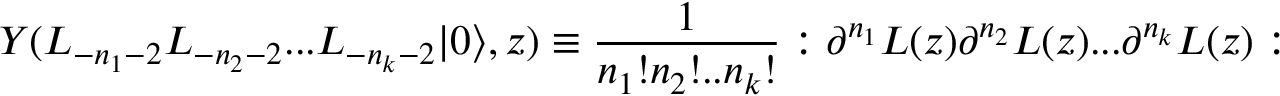
Y ( L _ { - n _ { 1 } - 2 } L _ { - n _ { 2 } - 2 } . . . L _ { - n _ { k } - 2 } | 0 \rangle , z ) \equiv { \frac { 1 } { n _ { 1 } ! n _ { 2 } ! . . n _ { k } ! } } : \partial ^ { n _ { 1 } } L ( z ) \partial ^ { n _ { 2 } } L ( z ) . . . \partial ^ { n _ { k } } L ( z ) :